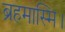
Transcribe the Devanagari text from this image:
ब्रहमास्मि।